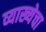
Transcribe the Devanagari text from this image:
व्याख्येचा